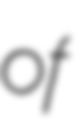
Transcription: of